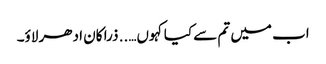
اب میں تم سے کیا کہوں….. ذرا کان ادھر لاؤ۔